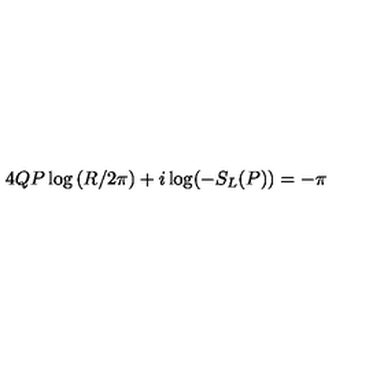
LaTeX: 4 Q P \log \left( R / 2 \pi \right) + i \log ( - S _ { L } ( P ) ) = - \pi